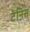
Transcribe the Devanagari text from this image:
टेनिस